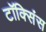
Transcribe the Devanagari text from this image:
टॉक्सिंस